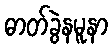
ဓာတ်ခွဲနမူနာ